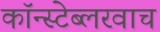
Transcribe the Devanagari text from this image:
कॉन्स्टेब्लरवाच